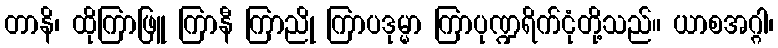
တာနိ၊ ထိုကြာဖြူ ကြာနီ ကြာညို ကြာပဒုမ္မာ ကြာပုဏ္ဍရိက်ငုံတို့သည်။ ယာစအဂ္ဂါ၊